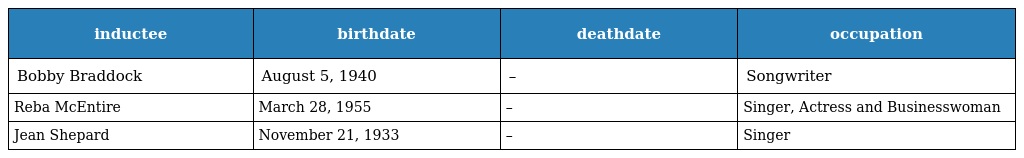
| inductee | birthdate | deathdate | occupation |
 | --- | --- | --- | --- |
 | Bobby Braddock | August 5, 1940 | – | Songwriter |
 | Reba McEntire | March 28, 1955 | – | Singer, Actress and Businesswoman |
 | Jean Shepard | November 21, 1933 | – | Singer |